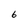
Character: 6